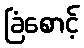
ခြံစောင့်